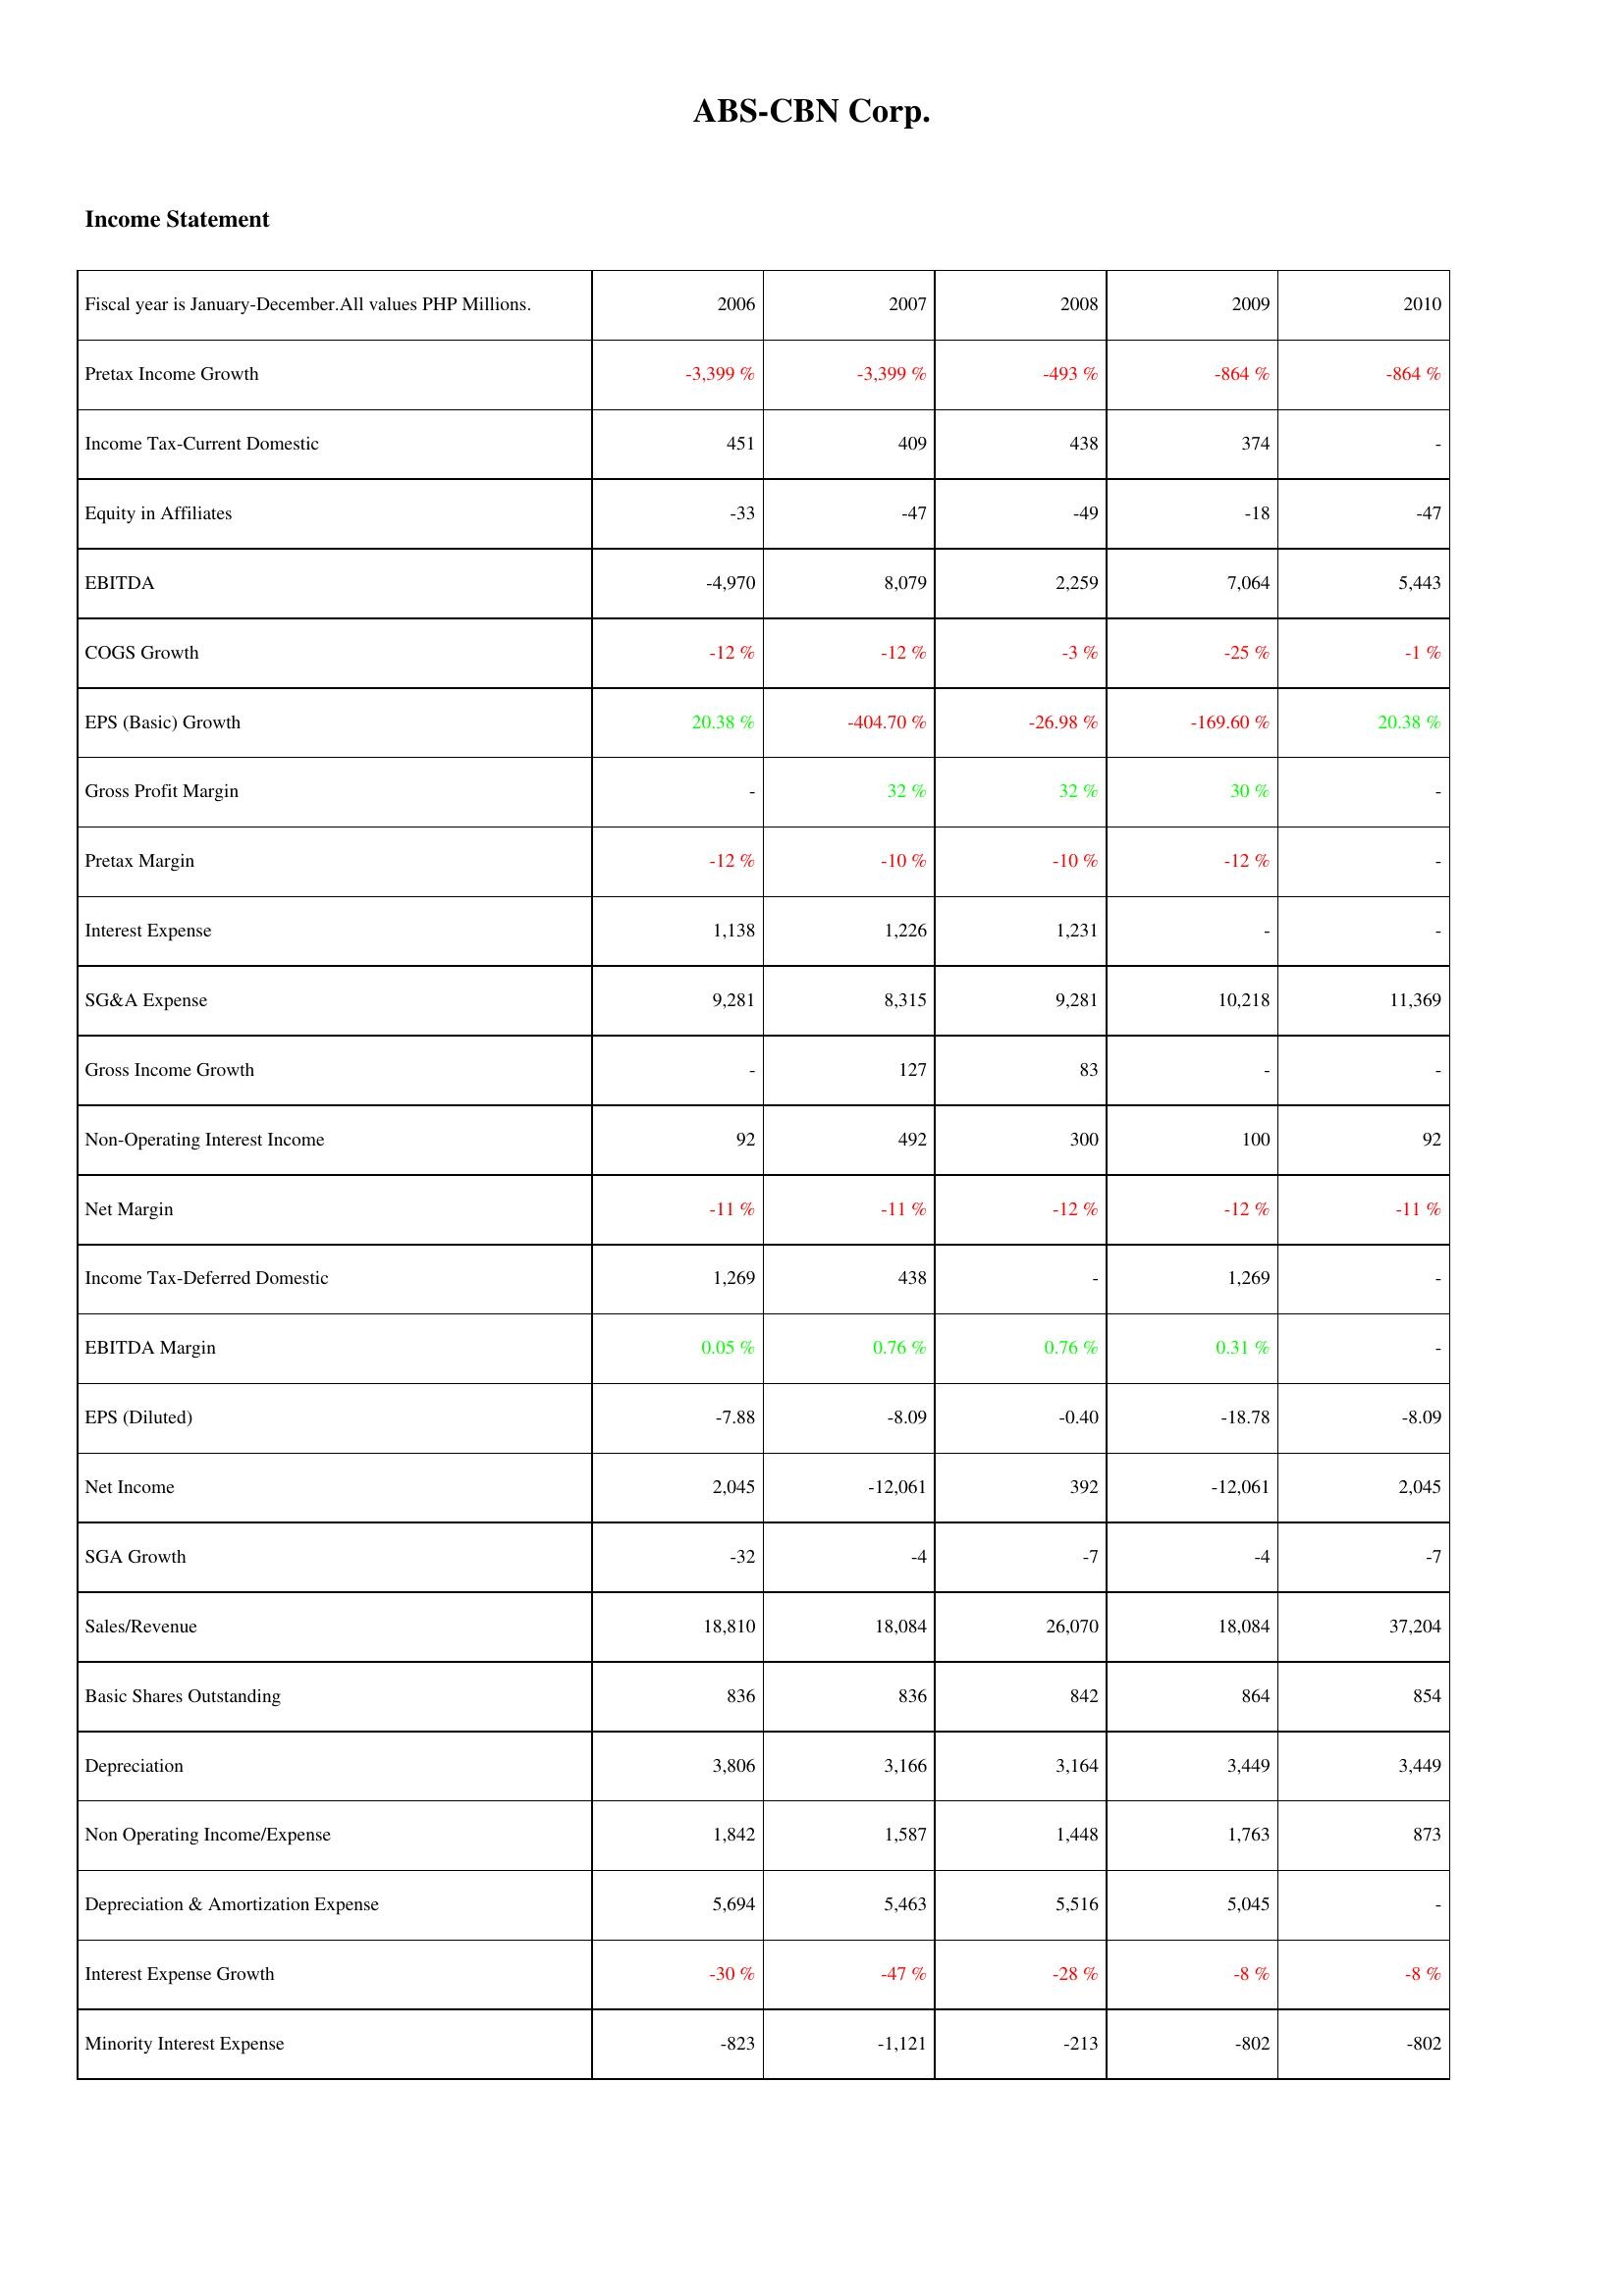
2006: Income Statement: Pretax Income Growth: -3,399 %
Income Tax-Current Domestic: 451
Equity in Affiliates: -33
EBITDA: -4,970
COGS Growth: -12 %
EPS (Basic) Growth: 20.38 %
Gross Profit Margin: -
Pretax Margin: -12 %
Interest Expense: 1,138
SG&A Expense: 9,281
Gross Income Growth: -
Non-Operating Interest Income: 92
Net Margin: -11 %
Income Tax-Deferred Domestic: 1,269
EBITDA Margin: 0.05 %
EPS (Diluted): -7.88
Net Income: 2,045
SGA Growth: -32
Sales/Revenue: 18,810
Basic Shares Outstanding: 836
Depreciation: 3,806
Non Operating Income/Expense: 1,842
Depreciation & Amortization Expense: 5,694
Interest Expense Growth: -30 %
Minority Interest Expense: -823
2007: Income Statement: Pretax Income Growth: -3,399 %
Income Tax-Current Domestic: 409
Equity in Affiliates: -47
EBITDA: 8,079
COGS Growth: -12 %
EPS (Basic) Growth: -404.70 %
Gross Profit Margin: 32 %
Pretax Margin: -10 %
Interest Expense: 1,226
SG&A Expense: 8,315
Gross Income Growth: 127
Non-Operating Interest Income: 492
Net Margin: -11 %
Income Tax-Deferred Domestic: 438
EBITDA Margin: 0.76 %
EPS (Diluted): -8.09
Net Income: -12,061
SGA Growth: -4
Sales/Revenue: 18,084
Basic Shares Outstanding: 836
Depreciation: 3,166
Non Operating Income/Expense: 1,587
Depreciation & Amortization Expense: 5,463
Interest Expense Growth: -47 %
Minority Interest Expense: -1,121
2008: Income Statement: Pretax Income Growth: -493 %
Income Tax-Current Domestic: 438
Equity in Affiliates: -49
EBITDA: 2,259
COGS Growth: -3 %
EPS (Basic) Growth: -26.98 %
Gross Profit Margin: 32 %
Pretax Margin: -10 %
Interest Expense: 1,231
SG&A Expense: 9,281
Gross Income Growth: 83
Non-Operating Interest Income: 300
Net Margin: -12 %
Income Tax-Deferred Domestic: -
EBITDA Margin: 0.76 %
EPS (Diluted): -0.40
Net Income: 392
SGA Growth: -7
Sales/Revenue: 26,070
Basic Shares Outstanding: 842
Depreciation: 3,164
Non Operating Income/Expense: 1,448
Depreciation & Amortization Expense: 5,516
Interest Expense Growth: -28 %
Minority Interest Expense: -213
2009: Income Statement: Pretax Income Growth: -864 %
Income Tax-Current Domestic: 374
Equity in Affiliates: -18
EBITDA: 7,064
COGS Growth: -25 %
EPS (Basic) Growth: -169.60 %
Gross Profit Margin: 30 %
Pretax Margin: -12 %
Interest Expense: -
SG&A Expense: 10,218
Gross Income Growth: -
Non-Operating Interest Income: 100
Net Margin: -12 %
Income Tax-Deferred Domestic: 1,269
EBITDA Margin: 0.31 %
EPS (Diluted): -18.78
Net Income: -12,061
SGA Growth: -4
Sales/Revenue: 18,084
Basic Shares Outstanding: 864
Depreciation: 3,449
Non Operating Income/Expense: 1,763
Depreciation & Amortization Expense: 5,045
Interest Expense Growth: -8 %
Minority Interest Expense: -802
2010: Income Statement: Pretax Income Growth: -864 %
Income Tax-Current Domestic: -
Equity in Affiliates: -47
EBITDA: 5,443
COGS Growth: -1 %
EPS (Basic) Growth: 20.38 %
Gross Profit Margin: -
Pretax Margin: -
Interest Expense: -
SG&A Expense: 11,369
Gross Income Growth: -
Non-Operating Interest Income: 92
Net Margin: -11 %
Income Tax-Deferred Domestic: -
EBITDA Margin: -
EPS (Diluted): -8.09
Net Income: 2,045
SGA Growth: -7
Sales/Revenue: 37,204
Basic Shares Outstanding: 854
Depreciation: 3,449
Non Operating Income/Expense: 873
Depreciation & Amortization Expense: -
Interest Expense Growth: -8 %
Minority Interest Expense: -802